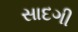
સાદગી